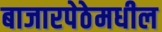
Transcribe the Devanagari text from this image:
बाजारपेठेमधील